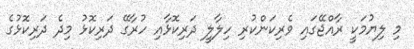
މި ލިޔުމަކީ ރާއްޖޭގައި ވެރިކަންކުރި ހިލާލީ ދަރިކޮޅާއި ހުރާގޭ ދަރިކޮޅު މިދެ ދަރިކޮޅުގެ